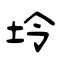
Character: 坽